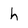
Character: h